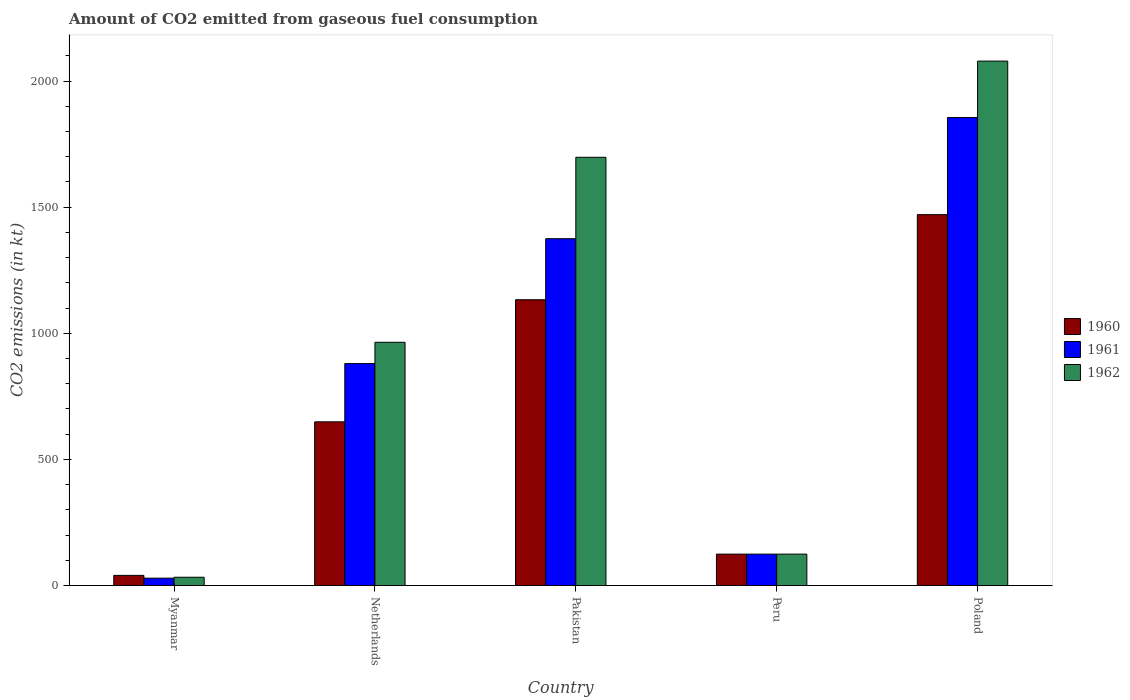
| Country | 1960 | 1961 | 1962 |
 | --- | --- | --- | --- |
 | Myanmar | 40.3 | 29.3 | 33 |
 | Netherlands | 649 | 880 | 964 |
 | Pakistan | 1.13e+03 | 1.38e+03 | 1.7e+03 |
 | Peru | 125 | 125 | 125 |
 | Poland | 1.47e+03 | 1.86e+03 | 2.08e+03 |